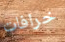
خرافات